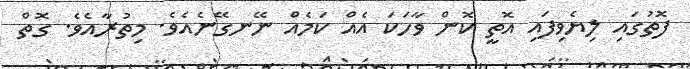
ފޮތުގައި ލިޔެވިފައި އޮތީ ކޮން ވާހަކަ އެއް ކަމެއް ނޭނގޭނެއެވެ. މިތުރާއެވެ. ގޮތް